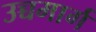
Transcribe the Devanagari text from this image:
उच्चमार्ग